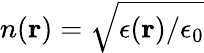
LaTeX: n({\mathbf r})=\sqrt{\epsilon({\mathbf r})/\epsilon_{0}}